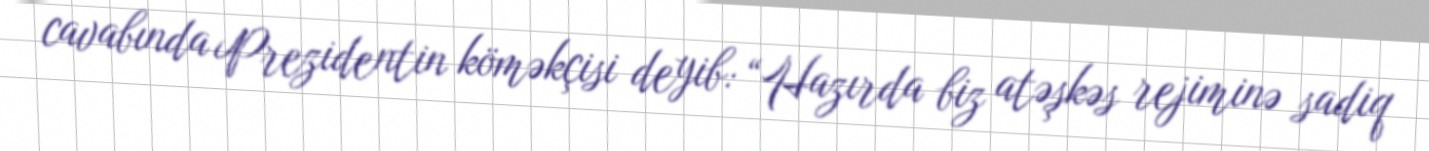
cavabında Prezidentin köməkçisi deyib: “Hazırda biz atəşkəs rejiminə sadiq